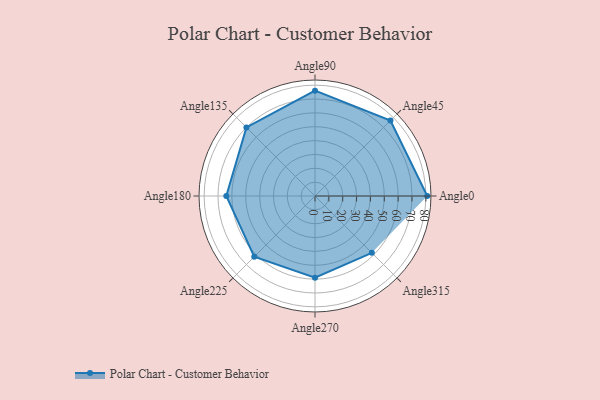
{"axis": {"x": "Angle", "y": "Radius"}, "legend": [""], "data": [{"x": "Angle0", "y": 81.0, "type": ""}, {"x": "Angle45", "y": 77.0, "type": ""}, {"x": "Angle90", "y": 76.0, "type": ""}, {"x": "Angle135", "y": 70.0, "type": ""}, {"x": "Angle180", "y": 64.0, "type": ""}, {"x": "Angle225", "y": 62.0, "type": ""}, {"x": "Angle270", "y": 59.0, "type": ""}, {"x": "Angle315", "y": 58.0, "type": ""}]}